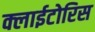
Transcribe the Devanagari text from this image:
क्लाईटोरिस